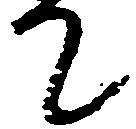
て